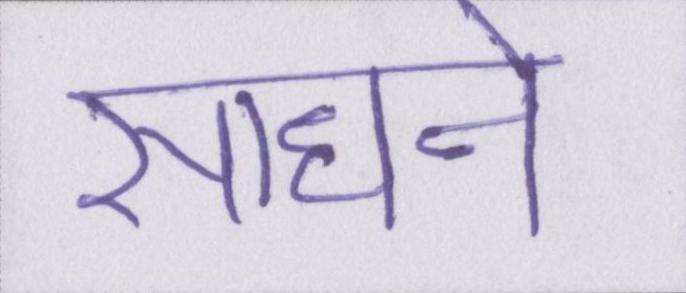
साधने